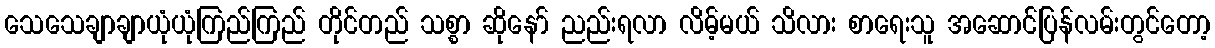
သေသေချာချာယုံယုံကြည်ကြည် တိုင်တည် သစ္စာ ဆိုနော် ညည်းရလာ လိမ့်မယ် သိလား စာရေးသူ အဆောင်ပြန်လမ်းတွင်တော့